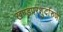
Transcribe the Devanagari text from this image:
खण्डपरशुर्दारुणो